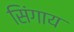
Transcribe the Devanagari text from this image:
सिंगाय